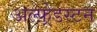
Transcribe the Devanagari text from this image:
अल्फ़्रेडस्टन